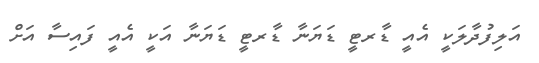
އަލިފުދާލަކީ އެއީ ޑާރޓީ ޑަޔަނާ ޑާރޓީ ޑަޔަނާ އަކީ އެއީ ފައިސާ އަށް